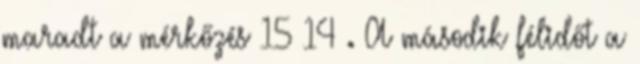
maradt a mérkőzés 15–14 . A második félidőt a